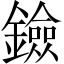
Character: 鐱